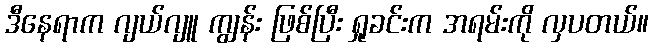
ဒီနေရာက ဂျယ်ဂျူ ကျွန်း ဖြစ်ပြီး ရှုခင်းက အရမ်းကို လှပတယ်။